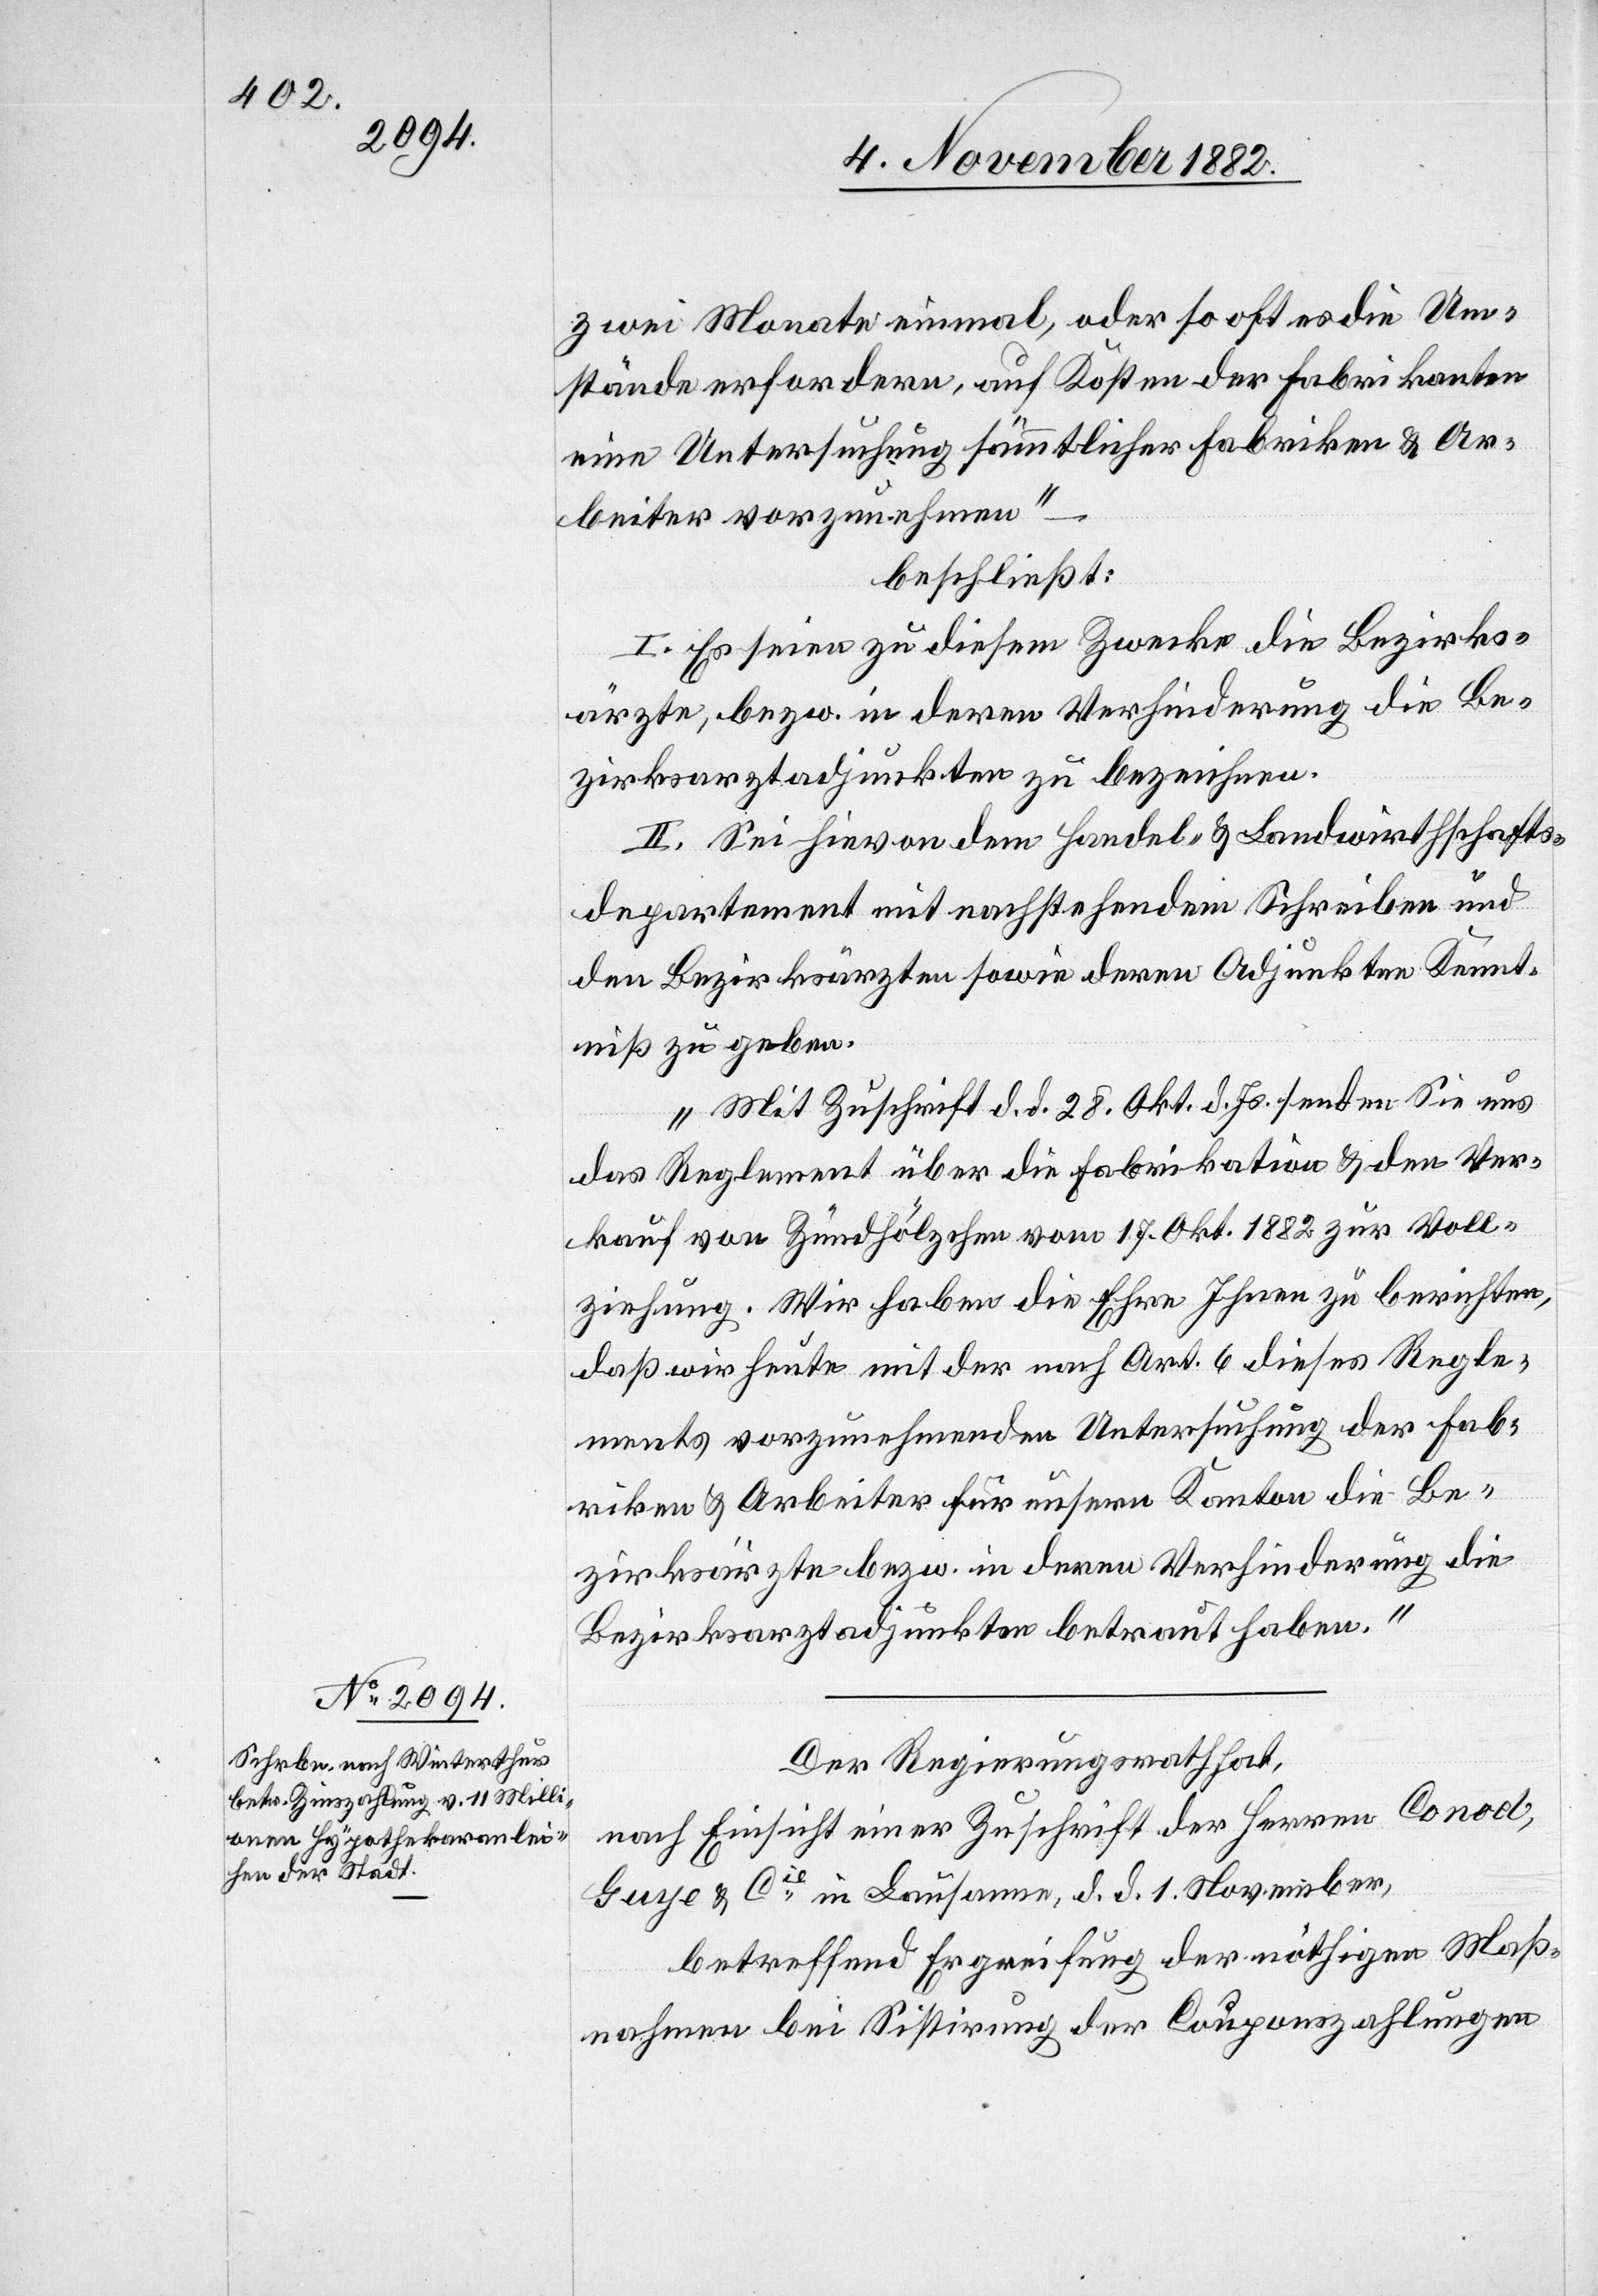
zwei Monate einmal, oder so oft es die Um¬
stände erfordern, auf Kosten der Fabrikanten
eine Untersuchung sämmtlicher Fabriken & Ar¬
beiter vorzunehmen“
beschließt:
I. Es seien zu diesem Zwecke die Bezirks¬
ärzte, bezw. in deren Verhinderung die Be¬
zirksarztadjunkten zu bezeichnen.
II. Sei hievon dem Handel- & Landwirthschafts¬
departement mit nachstehendem Schreiben und
den Bezirksärzten sowie deren Adjunkten Kennt¬
niß zu geben.
„Mit Zuschrift d. d. 28. Okt. d. Js. senden Sie uns
das Reglement über die Fabrikation & den Ver¬
kauf von Zündhölzchen vom 17. Okt. 1882 zur Voll¬
ziehung. Wir haben die Ehre Ihnen zu berichten,
daß wir heute mit der nach Art. 6 dieses Regle¬
ments vorzunehmenden Untersuchung der Fab¬
riken & Arbeiter für unsern Kanton die Be¬
zirksärzte bezw. in deren Verhinderung die
Bezirksarztadjunkten betraut haben.“
Der Regierungsrath hat,
nach Einsicht einer Zuschrift der Herren Conod,
Guye & Cie in Lausanne, d. d. 1. November,
betreffend Ergreifung der nöthigen Maß¬
nahmen bei Sistirung der Couponszahlungen